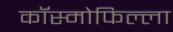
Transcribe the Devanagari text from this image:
कॉस्मोफिल्ला